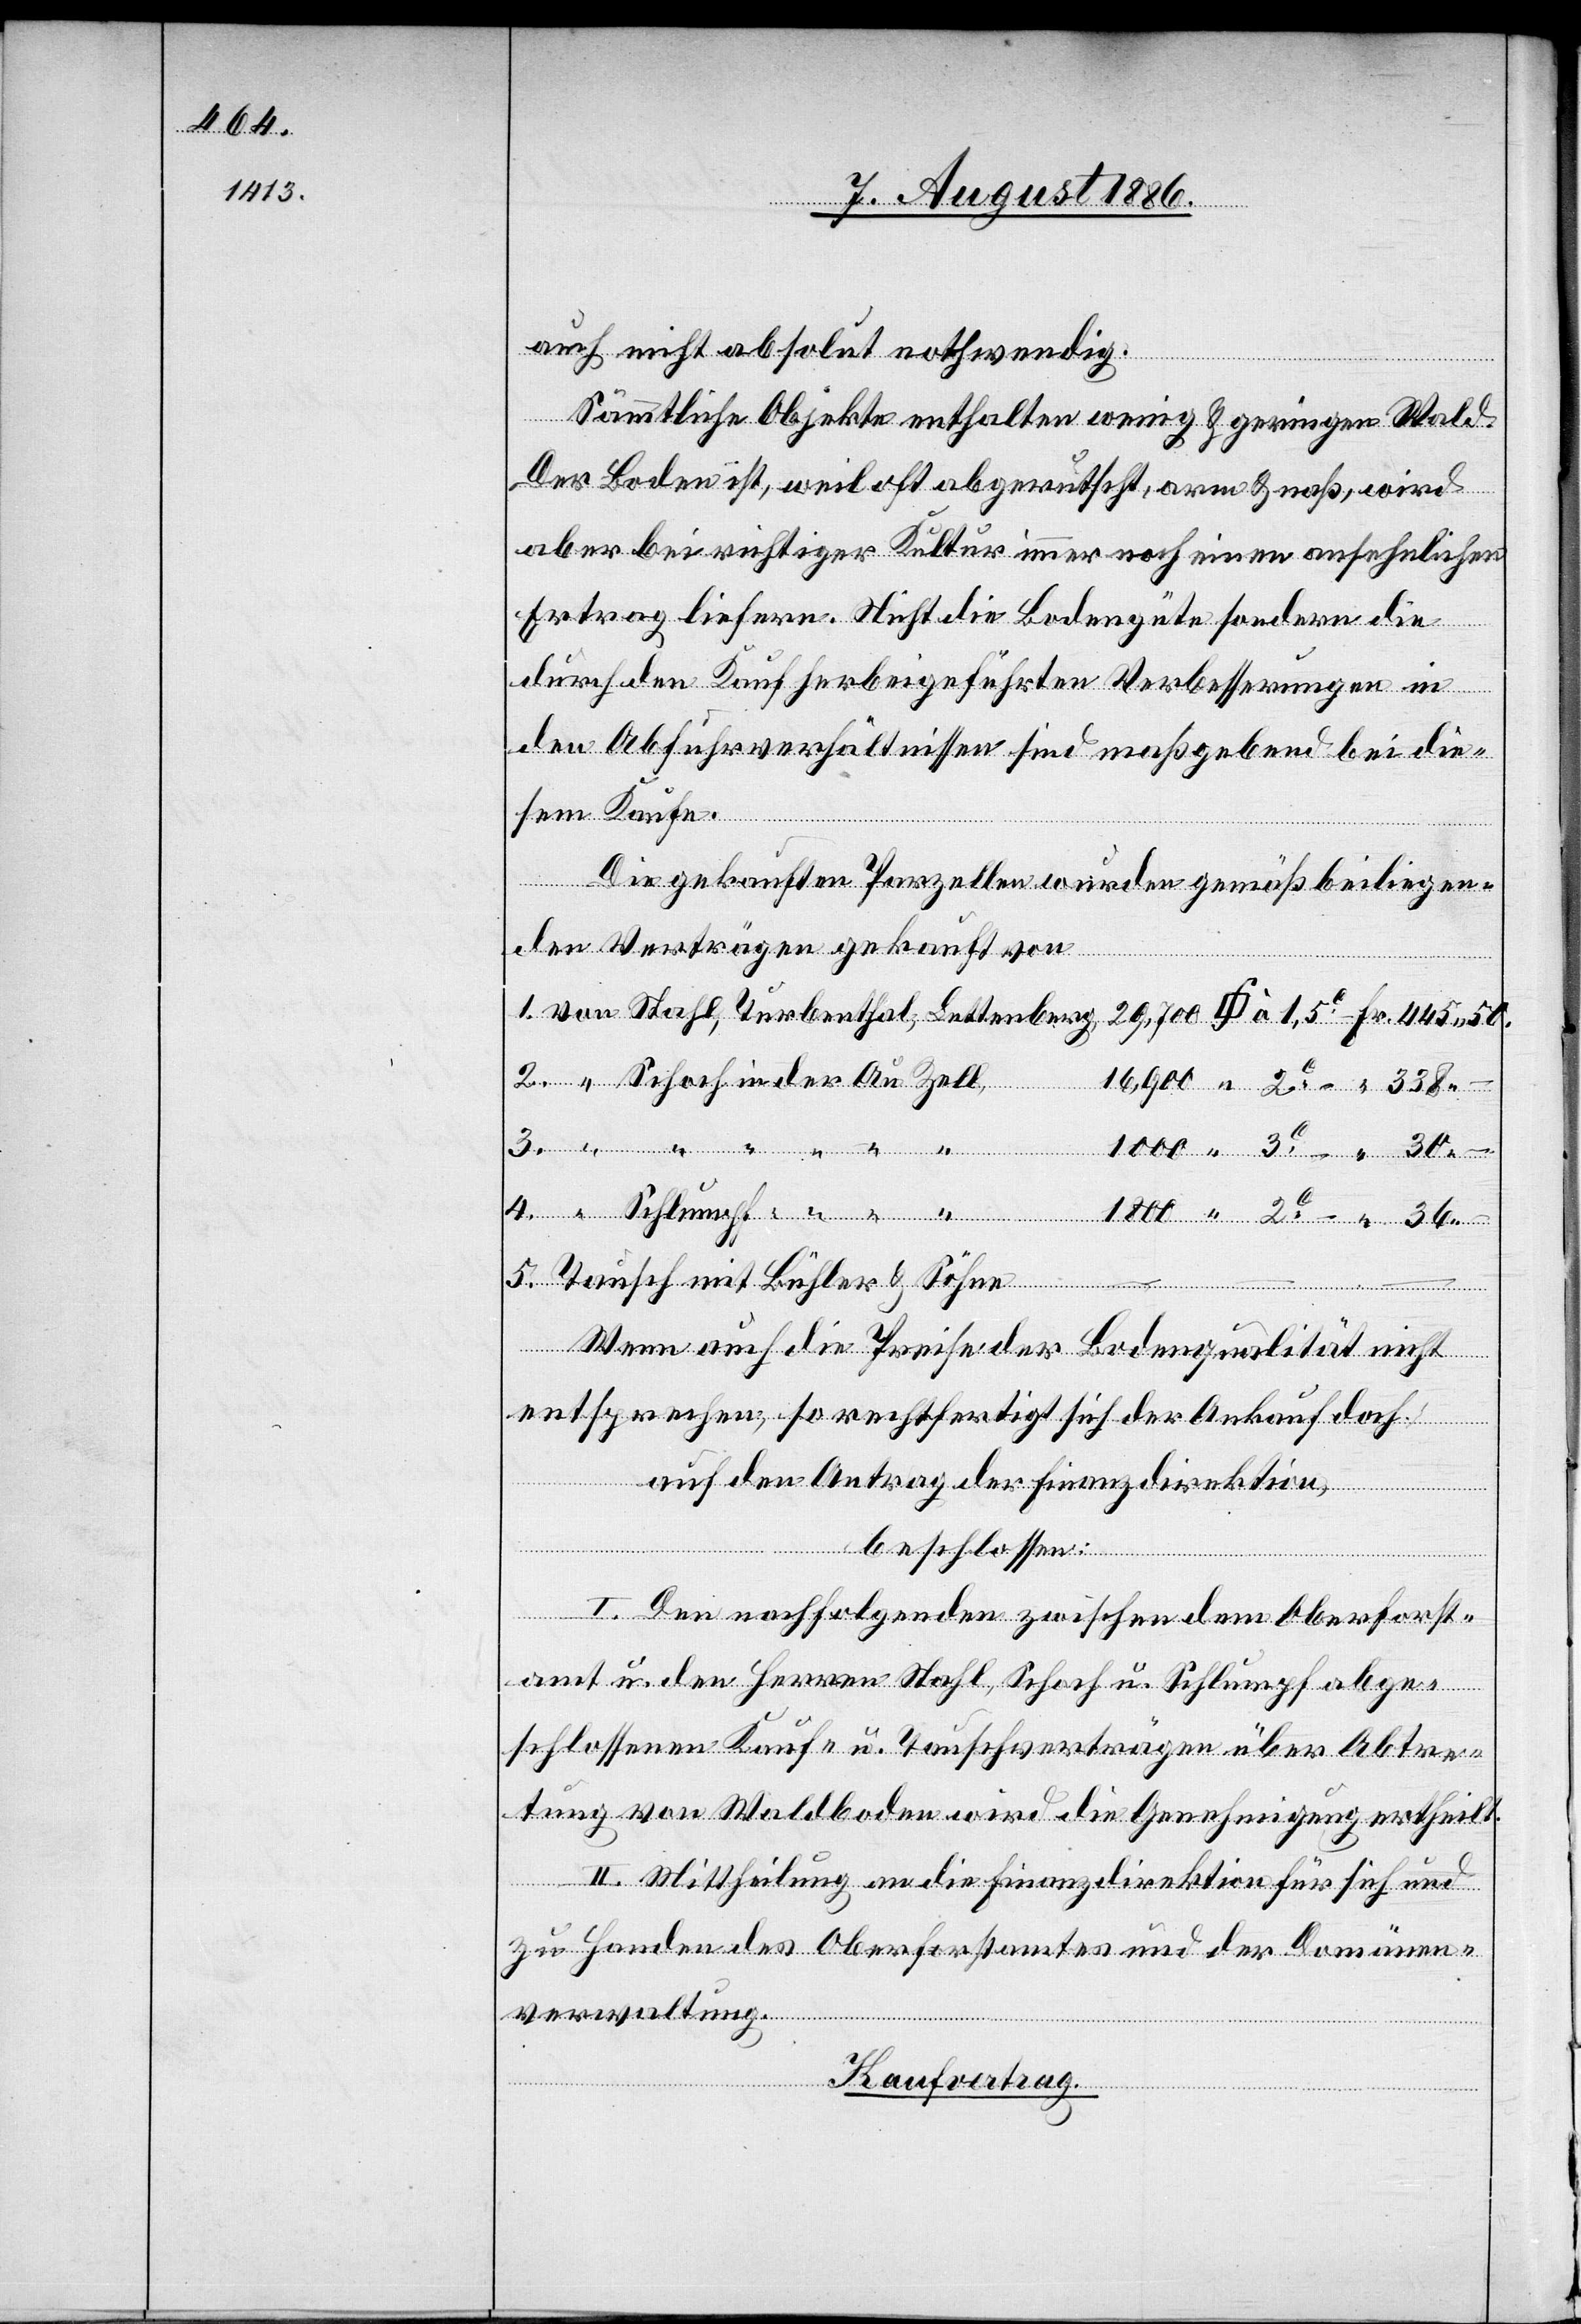
445.50.

auch nicht absolut nothwendig.
Sämmtliche Objekte enthalten wenig & geringen Wald.
Der Boden ist, weil oft abgerutscht, arm & naß, wird
in
aber bei richtiger Kultur immer noch einen ansehnlichen
Ertrag liefern. Nicht die Bodengüte sondern die
durch den Kauf herbeigeführten Verbesserungen in
den Abfuhrverhältnissen sind maßgebend bei die¬
sem Kaufe.
5.
Die gekauften Parzellen wurden gemäß beiliegen¬
den Verträgen gekauft von:
2c
Bettenberg
Tausch mit Bühler & Söhne
Wenn auch die Preise der Bodenqualität nicht
entsprechen, so rechtfertigt sich der Ankauf doch.
auf den Antrag der Finanzdirektion,
beschlossen:
I. Den nachfolgenden zwischen dem Oberforst¬
amt u. den Herren Stahl, Schoch u. Schlumpf abge¬
schlossenen Kauf- u. Tauschverträgen über Abtre¬
tung von Waldboden wird die Genehmigung ertheilt.
II. Mittheilung an die Finanzdirektion für sich und
zu Handen des Oberforstamtes und der Domänen¬
verwaltung.
Kaufvertrag.